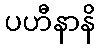
ပဟီနာနိ